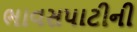
ભાવસપાટીની